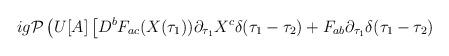
LaTeX: \begin{align*}ig{\cal P} \left( U[A] \left[ D^b F_{ac} (X(\tau_1))\partial_{\tau_1} X^c \delta (\tau_1 - \tau_2) + F_{ab}\partial_{\tau_1} \delta (\tau_1 - \tau_2) \right. \right.\end{align*}